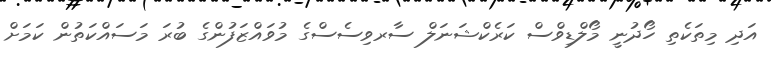
އަދި މިތަކެތި ހޯދުނީ މޯލްޑިވްސް ކަރެކްޝަނަލް ސާރވިސެސްގެ މުވައްޒަފުންގެ ބުރަ މަސައްކަތުން ކަމަށް